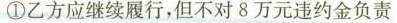
①乙方应继续履行，但不对8万元违约金负责